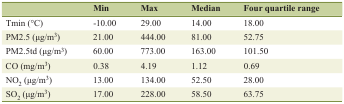
<table><thead><tr><td></td><td><b>Min</b></td><td><b>Max</b></td><td><b>Median</b></td><td><b>Four quartile range</b></td></tr></thead><tbody><tr><td>T<sub>min</sub> (°C)</td><td>-10.00</td><td>29.00</td><td>14.00</td><td>18.00</td></tr><tr><td>PM2.5 (μg/m<sup>3</sup>)</td><td>21.00</td><td>444.00</td><td>81.00</td><td>52.75</td></tr><tr><td>PM2.5td (μg/m<sup>3</sup>)</td><td>60.00</td><td>773.00</td><td>163.00</td><td>101.50</td></tr><tr><td>CO (mg/m<sup>3</sup>)</td><td>0.38</td><td>4.19</td><td>1.12</td><td>0.69</td></tr><tr><td>NO<sub>2</sub> (μg/m<sup>3</sup>)</td><td>13.00</td><td>134.00</td><td>52.50</td><td>28.00</td></tr><tr><td>SO<sub>2</sub> (μg/m<sup>3</sup>)</td><td>17.00</td><td>228.00</td><td>58.50</td><td>63.75</td></tr></tbody></table>